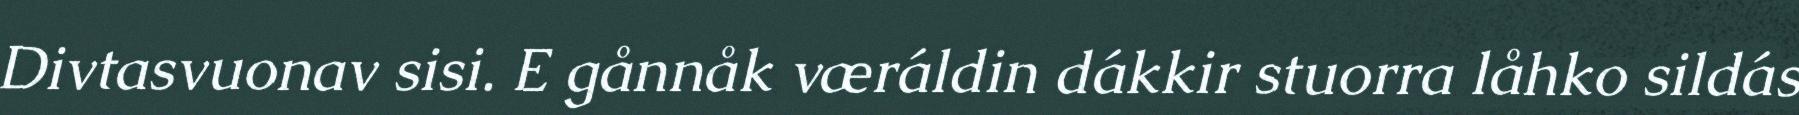
Divtasvuonav sisi. E gånnåk væráldin dákkir stuorra låhko sildás